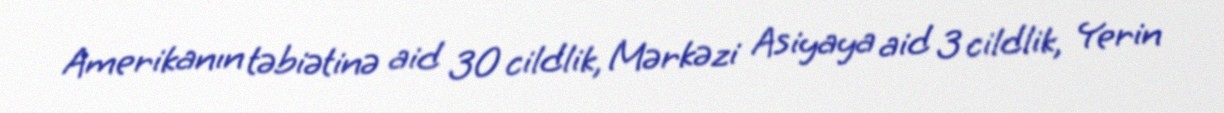
Amerikanın təbiətinə aid 30 cildlik, Mərkəzi Asiyaya aid 3 cildlik, Yerin